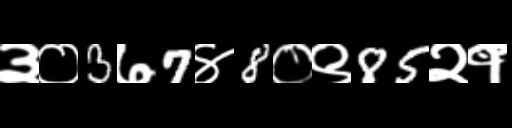
Text: ३०3७7४8०९85२१